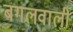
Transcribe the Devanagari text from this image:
बगलवाली